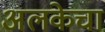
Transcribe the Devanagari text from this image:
अलकेचा